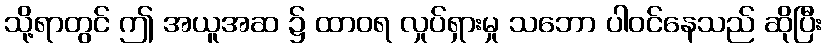
သို့ရာတွင် ဤ အယူအဆ ၌ ထာဝရ လှုပ်ရှားမှု သဘော ပါဝင်နေသည် ဆိုပြီး